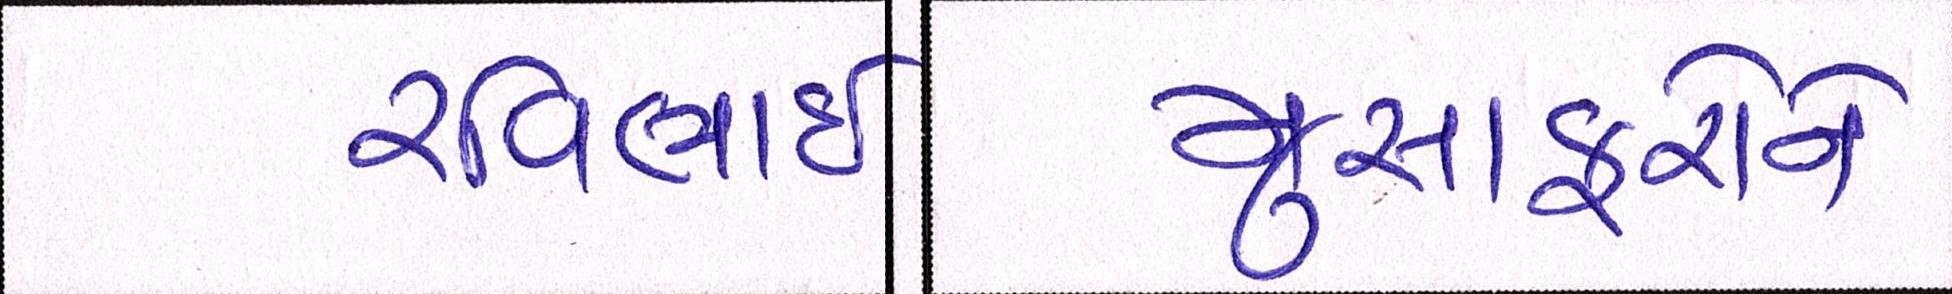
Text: મુસાફરોને